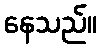
နေသည်။